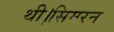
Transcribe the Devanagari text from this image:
थी।सिमरन